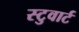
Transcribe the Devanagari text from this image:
स्टुवार्ट